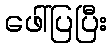
ဖေါ်ပြပြီး